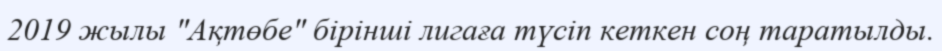
2019 жылы "Ақтөбе" бірінші лигаға түсіп кеткен соң таратылды.